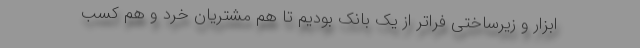
ابزار و زیرساختی فراتر از یک بانک بودیم تا هم مشتریان خرد و هم کسب